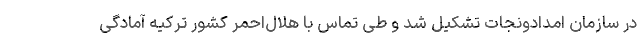
در سازمان امدادونجات تشکیل شد و طی تماس با هلال‌احمر کشور ترکیه آمادگی